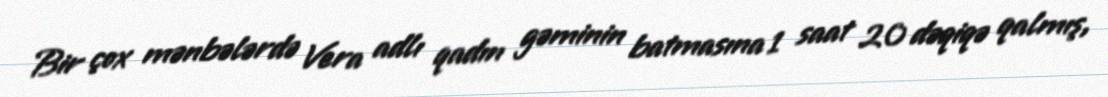
Bir çox mənbələrdə Vera adlı qadın gəminin batmasına 1 saat 20 dəqiqə qalmış,